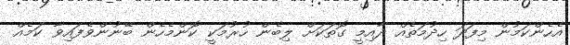
އެހެންކަމުން މިފަދަ ހިދުމަތެއް ދާއިމީ ގޮތަކަށް ލިބެން ހުރުމަކީ ކޮންމެހެން ބޭނުންވެފައިވާ ކަމެއް